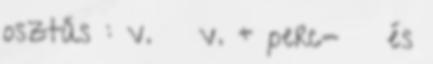
osztás : v. v. ÷ perc- ′ és